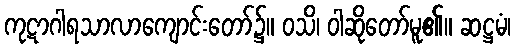
ကုဋာဂါရသာလာကျောင်းတော်၌။ ဝသိ၊ ဝါဆိုတော်မူ၏။ ဆဋ္ဌမံ၊